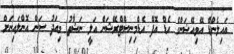
އައިލެންޑް އޭވިއޭޝަންގެ ހެޑް އޮފް އެޑްމިނިސްޓްރޭޝަން އަލީ ނަޝާތު މިއަދު ސަން އޮންލައިނަށް